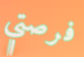
فرصتي